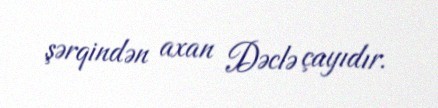
şərqindən axan Dəclə çayıdır.